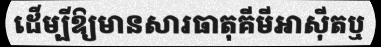
ដើម្បីឱ្យមានសារធាតុគីមីអាស៊ីតឬ